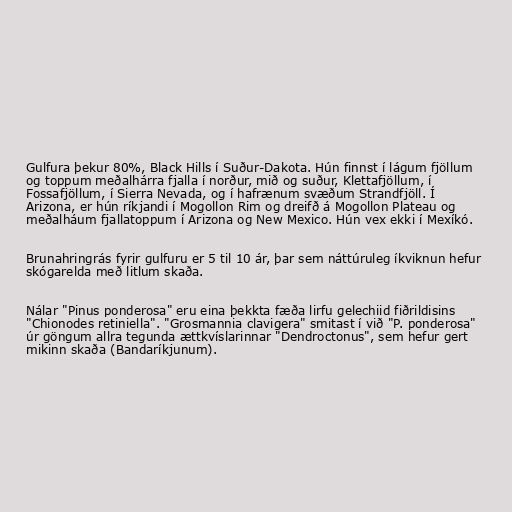
Gulfura þekur 80%, Black Hills í Suður-Dakota. Hún finnst í lágum fjöllum
og toppum meðalhárra fjalla í norður, mið og suður, Klettafjöllum, í
Fossafjöllum, í Sierra Nevada, og í hafrænum svæðum Strandfjöll. Í
Arizona, er hún ríkjandi í Mogollon Rim og dreifð á Mogollon Plateau og
meðalháum fjallatoppum í Arizona og New Mexico. Hún vex ekki í Mexíkó.

Brunahringrás fyrir gulfuru er 5 til 10 ár, þar sem náttúruleg íkviknun hefur
skógarelda með litlum skaða.

Nálar "Pinus ponderosa" eru eina þekkta fæða lirfu gelechiid fiðrildisins
"Chionodes retiniella". "Grosmannia clavigera" smitast í við "P. ponderosa"
úr göngum allra tegunda ættkvíslarinnar "Dendroctonus", sem hefur gert
mikinn skaða (Bandaríkjunum).